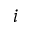
i